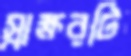
স্বাক্ষরটি